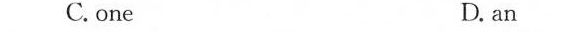
C. one D. an